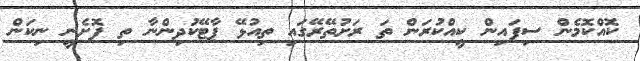
ކޮއްކޮމެން ސިފައިން ކީއްކުރަން ތަ ރަށުތޭރޭގައި ތިއުޅޭ ޕާޓޭކުދިންނާ ތި ފޮށެނީ ނިކަން